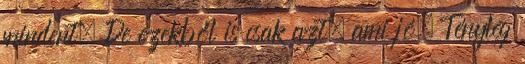
mindent. De ezekből is csak azt, ami jó. Tényleg